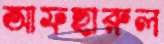
আফছারুল